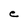
Character: e